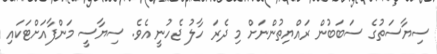
ސިޔާސަތުގެ ސަބަބުން ރައްޔިތުންނަށް މި ދެރަ ހާލު ޖެހުނީ އެވެ. ސިޔާސީ މަންފާއަށްޓަކައި